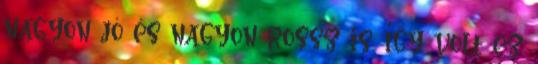
nagyon jó és nagyon rossz is. Így volt ez